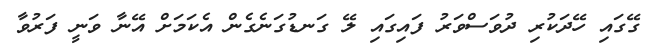
ގޭގައި ހޭދަކުރި ދުވަސްވަރު ފައިގައި ލޭ ގަނޑުގަނެގެން އެކަމަށް އޭނާ ވަނީ ފަރުވާ